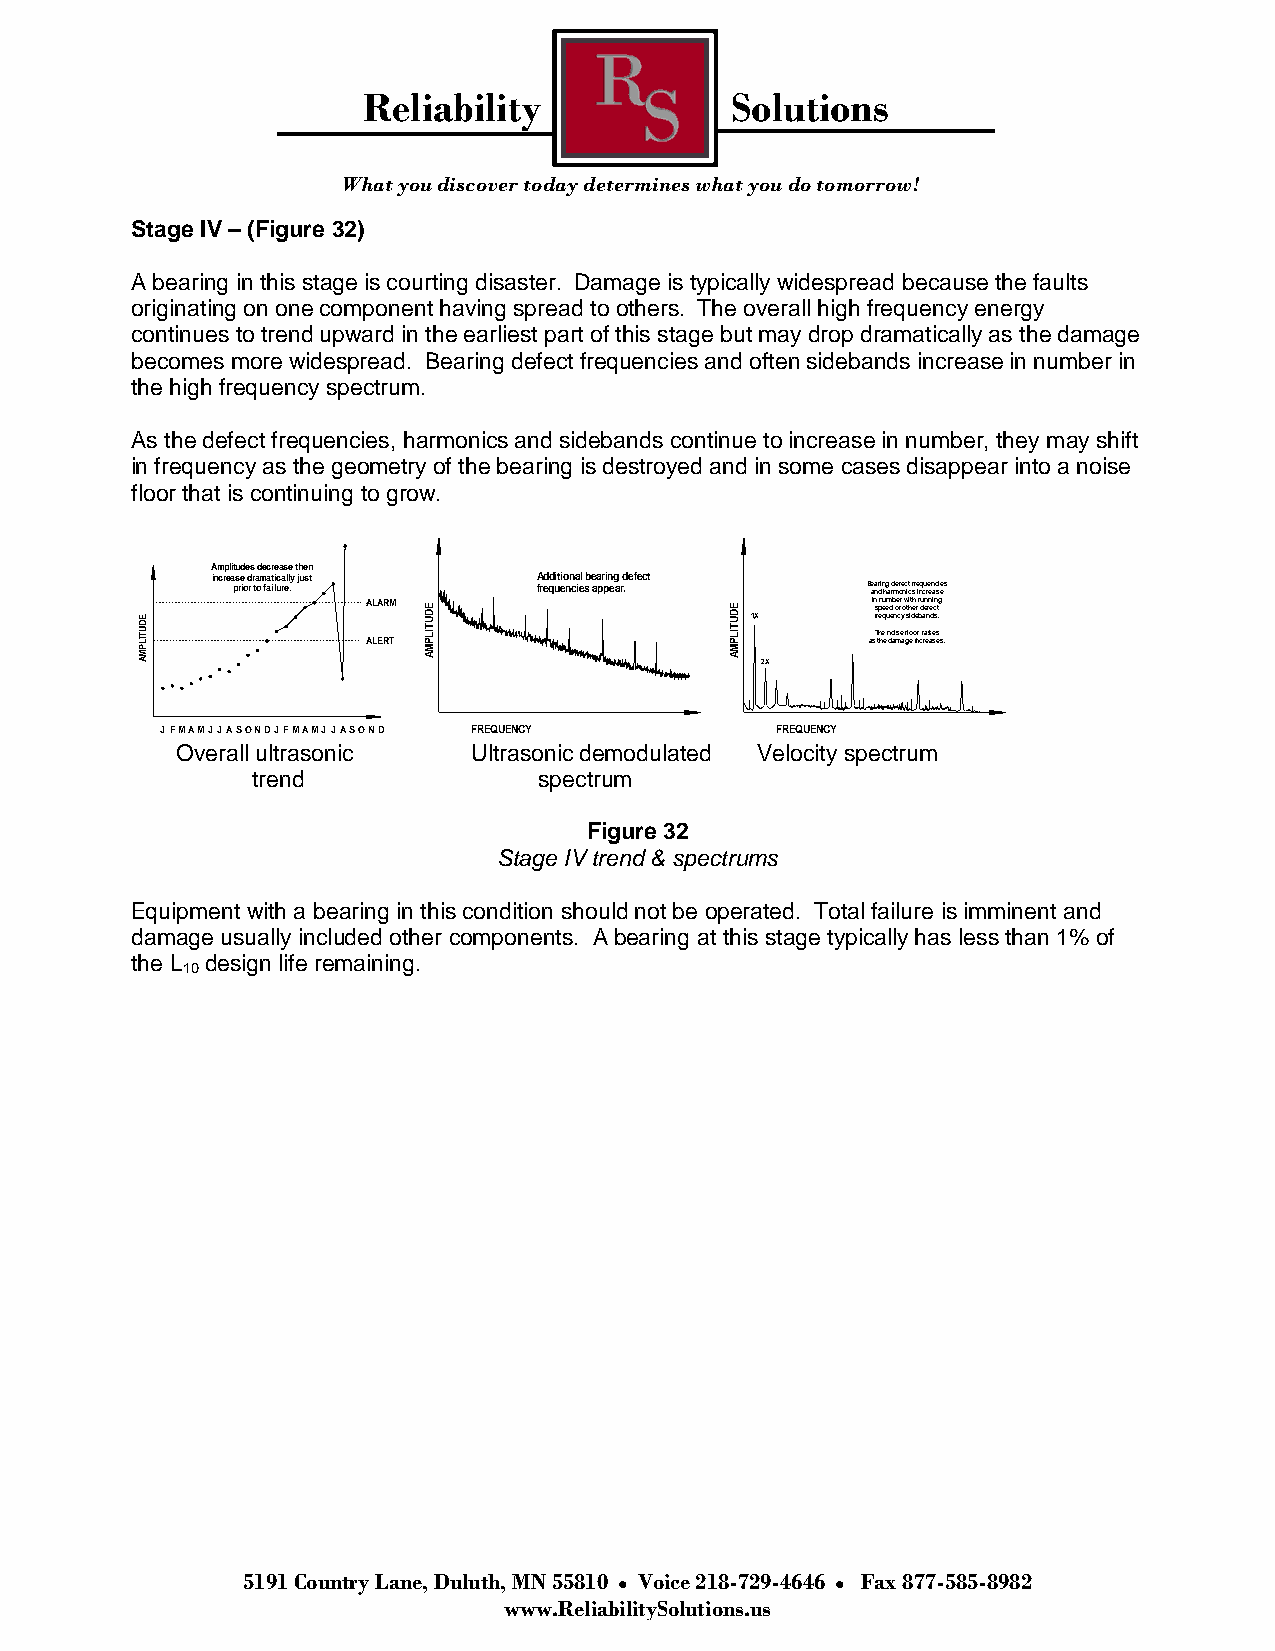
Reliability             Solutions
 What you discover today determines what you do tomorrow!
 Stage IV – (Figure 32)
 A bearing in this stage is courting disaster. Damage is typically widespread because the faults
 originating on one component having spread to others. The overall high frequency energy
 continues to trend upward in the earliest part of this stage but may drop dramatically as the damage
 becomes more widespread. Bearing defect frequencies and often sidebands increase in number in
 the high frequency spectrum.
 As the defect frequencies, harmonics and sidebands continue to increase in number, they may shift
 in frequency as the geometry of the bearing is destroyed and in some cases disappear into a noise
 floor that is continuing to grow.
 Amplitudes decrease then
 increase dramatically just Additional bearing defect
 prior to failure.    frequencies appear.  B ae nar di n hg a rd mef oe nc it c f sr e inq cu re en ac si ees
 AMPLITUDE
 AA LL EA RR TM AMPLITUDE AMPLITUDE
 1X
 2X
 ai sn Tfs
 r
 t
 hp en hee qu
 e
 e um
 n
 dd
 e
 o
 ab no
 i
 me scrr
 ey
 a
 o w gfst lhi eoit
 d
 eh
 o
 ie
 nr rr
 b
 cdu
 ra
 raen
 en
 ifn
 s
 ae di
 e
 sc sn
 s
 et .g
 s.
 JFMAMJJASONDJFMAMJJASOND FREQUENCY      FREQUENCY
 Overall ultrasonic Ultrasonic demodulated Velocity spectrum
 trend              spectrum
 Figure 32
 Stage IV trend & spectrums
 Equipment with a bearing in this condition should not be operated. Total failure is imminent and
 damage usually included other components. A bearing at this stage typically has less than 1% of
 the L design life remaining.
 10
 5191 Country Lane, Duluth, MN 55810 Voice 218-729-4646 Fax 877-585-8982
 www.ReliabilitySolutions.us